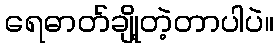
ရေဓာတ်ချို့တဲ့တာပါပဲ။